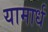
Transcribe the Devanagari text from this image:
यामार्ध